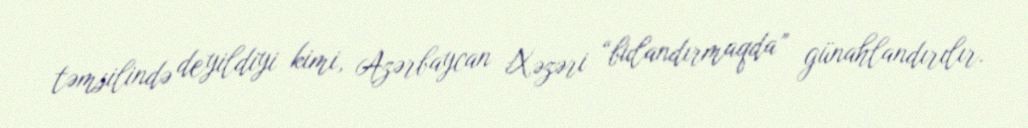
təmsilində deyildiyi kimi, Azərbaycan Xəzəri “bulandırmaqda” günahlandırılır.